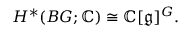
H ^ { * } ( B G ; \mathbb { C } ) \cong \mathbb { C } [ { \mathfrak { g } } ] ^ { G } .